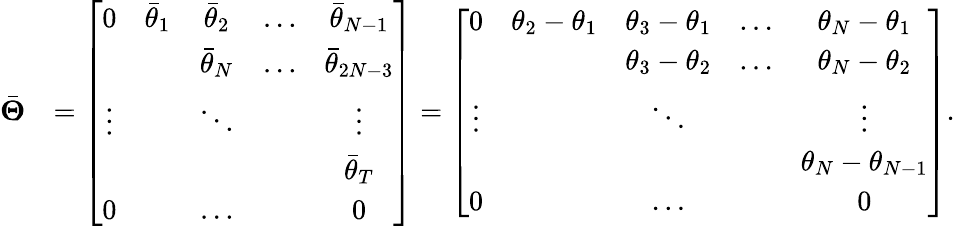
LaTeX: \begin{array}{rl}{\bar{\boldsymbol{\Theta}}}&{=\left[\begin{array}{ccccc}{0}&{\bar{\theta}_{1}}&{\bar{\theta}_{2}}&{\ldots}&{\bar{\theta}_{N-1}}\\ &&{\bar{\theta}_{N}}&{\ldots}&{\bar{\theta}_{2N-3}}\\ {\vdots}&&{\ddots}&&{\vdots}\\ &&&&{\bar{\theta}_{T}}\\ {0}&&{\ldots}&&{0}\end{array}\right]=\left[\begin{array}{ccccc}{0}&{\theta_{2}-\theta_{1}}&{\theta_{3}-\theta_{1}}&{\ldots}&{\theta_{N}-\theta_{1}}\\ &&{\theta_{3}-\theta_{2}}&{\ldots}&{\theta_{N}-\theta_{2}}\\ {\vdots}&&{\ddots}&&{\vdots}\\ &&&&{\theta_{N}-\theta_{N-1}}\\ {0}&&{\ldots}&&{0}\end{array}\right].}\end{array}